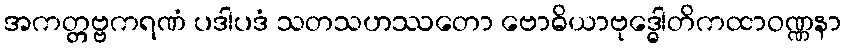
အကတ္တဗ္ဗကရဏံ ပဒါပဒံ သတသဟဿတော ဗောဓိယာဗုဒ္ဓေါတိကထာဝဏ္ဏနာ